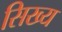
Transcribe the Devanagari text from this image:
सिख्य